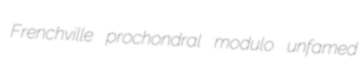
Frenchville prochondral modulo unfamed